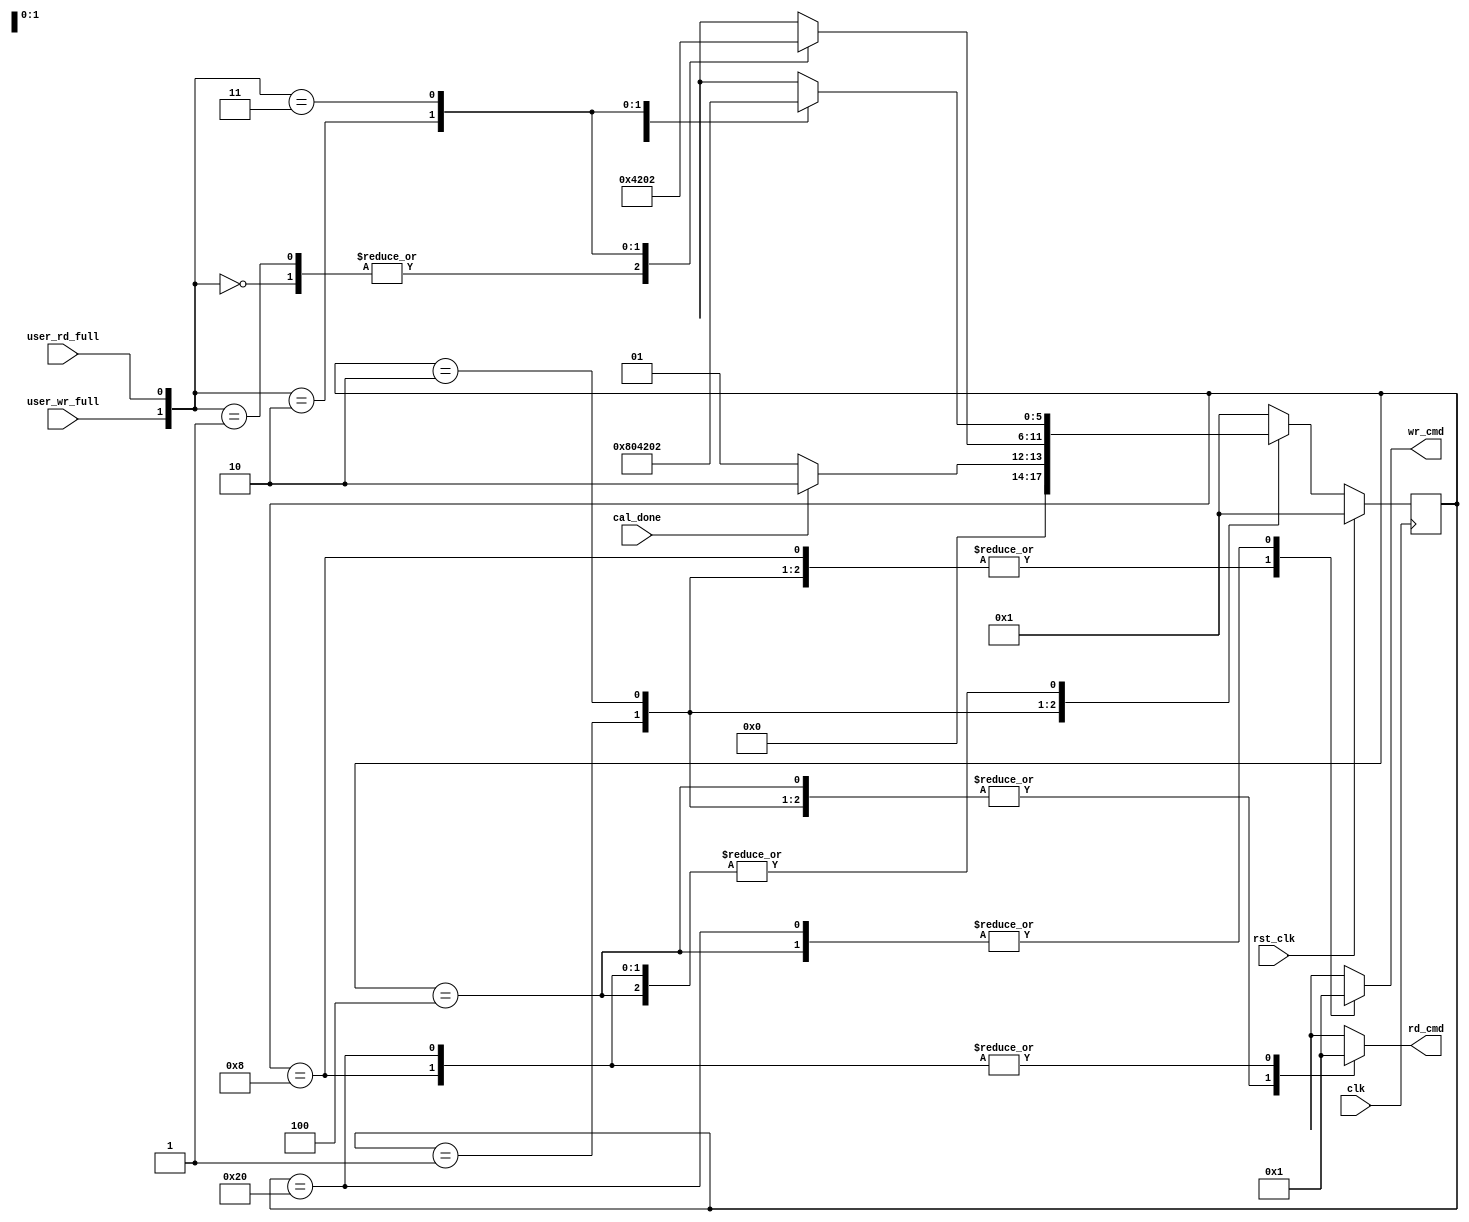
//*****************************************************************************
//(c) Copyright 2009 - 2010 Xilinx, Inc. All rights reserved.
//
// This file contains confidential and proprietary information
// of Xilinx, Inc. and is protected under U.S. and
// international copyright and other intellectual property
// laws.
//
// DISCLAIMER
// This disclaimer is not a license and does not grant any
// rights to the materials distributed herewith. Except as
// otherwise provided in a valid license issued to you by
// Xilinx, and to the maximum extent permitted by applicable
// law: (1) THESE MATERIALS ARE MADE AVAILABLE "AS IS" AND
// WITH ALL FAULTS, AND XILINX HEREBY DISCLAIMS ALL WARRANTIES
// AND CONDITIONS, EXPRESS, IMPLIED, OR STATUTORY, INCLUDING
// BUT NOT LIMITED TO WARRANTIES OF MERCHANTABILITY, NON-
// INFRINGEMENT, OR FITNESS FOR ANY PARTICULAR PURPOSE; and
// (2) Xilinx shall not be liable (whether in contract or tort,
// including negligence, or under any other theory of
// liability) for any loss or damage of any kind or nature
// related to, arising under or in connection with these
// materials, including for any direct, or any indirect,
// special, incidental, or consequential loss or damage
// (including loss of data, profits, goodwill, or any type of
// loss or damage suffered as a result of any action brought
// by a third party) even if such damage or loss was
// reasonably foreseeable or Xilinx had been advised of the
// possibility of the same.
//
// CRITICAL APPLICATIONS
// Xilinx products are not designed or intended to be fail-
// safe, or for use in any application requiring fail-safe
// performance, such as life-support or safety devices or
// systems, Class III medical devices, nuclear facilities,
// applications related to the deployment of airbags, or any
// other applications that could lead to death, personal
// injury, or severe property or environmental damage
// (individually and collectively, "Critical
// Applications"). Customer assumes the sole risk and
// liability of any use of Xilinx products in Critical
// Applications, subject only to applicable laws and
// regulations governing limitations on product liability.
//
// THIS COPYRIGHT NOTICE AND DISCLAIMER MUST BE RETAINED AS
// PART OF THIS FILE AT ALL TIMES.

///////////////////////////////////////////////////////////////////////////////
//   ____  ____
//  /   /\/   /
// /___/  \  /    Vendor             : Xilinx
// \   \   \/     Version            : 3.8
//  \   \         Application        : MIG
//  /   /         Filename           : tb_wr_rd_sm.v
// /___/   /\     Date Last Modified : $Date: 2011/05/27 15:51:52 $
// \   \  /  \    Date Created       : 15 May 2006 
//  \___\/\___\
//
//Device: Virtex-6
//Design: QDRII+
//
//Purpose:
//    This module
//       1. generates writes and read commands emulating the user backend.
//
//Revision History:
//
///////////////////////////////////////////////////////////////////////////////

`timescale 1ps/1ps

module tb_wr_rd_sm #(
  parameter BURST_LEN = 4,    //Burst Length
  parameter TCQ       = 100   //Register Delay
)
(
  input             clk,
  input             rst_clk,
  input             cal_done,
  input             user_wr_full,
  input             user_rd_full,
  output reg [1:0]  wr_cmd,
  output reg [1:0]  rd_cmd 
);

  //6 states - one-hot encoded
  localparam [5:0] TEST_INIT       = 6'b00_0001,
                   TEST_IDLE       = 6'b00_0010,
                   TEST_WR         = 6'b00_0100,
                   TEST_RD         = 6'b00_1000,
                   TEST_WR_RD      = 6'b10_0000;

  reg [5:0] ctrl_sm_cs;
  reg [5:0] ctrl_sm_ns;

  always @(posedge clk)
    begin
      if (rst_clk)
        ctrl_sm_cs <=#TCQ TEST_INIT;
      else
        ctrl_sm_cs <=#TCQ ctrl_sm_ns;
    end

  always @*
    begin
      case (ctrl_sm_cs)
        //Wait until calibration is done to issue commands
        TEST_INIT: begin
          wr_cmd   = 2'b00;
          rd_cmd   = 2'b00;

          if (cal_done)
            ctrl_sm_ns = TEST_IDLE;
          else
            ctrl_sm_ns = TEST_INIT;
        end

        TEST_IDLE: begin
          rd_cmd    = 2'b00;
          wr_cmd    = 2'b00;

          //If the rd/wr fifos are both empty send one of each transaction
          //if one of the fifos is full, send the other transaction type
          case ({user_wr_full, user_rd_full})
            2'b00: ctrl_sm_ns = TEST_WR; //to initiate a write before any reads
            2'b01: ctrl_sm_ns = TEST_WR;
            2'b10: ctrl_sm_ns = TEST_RD;
            2'b11: ctrl_sm_ns = TEST_IDLE;
          endcase
        end

        TEST_WR: begin
          rd_cmd   = 2'b00;
          wr_cmd   = 2'b01;  // Initiate a write cycle

          case ({user_wr_full, user_rd_full})
            2'b00: ctrl_sm_ns = TEST_WR_RD;
            2'b01: ctrl_sm_ns = TEST_WR;
            2'b10: ctrl_sm_ns = TEST_RD;
            2'b11: ctrl_sm_ns = TEST_IDLE;
          endcase
        end

        TEST_RD: begin
          rd_cmd    = 2'b01;  // Initiate a read cycle
          wr_cmd    = 2'b00;

          case ({user_wr_full, user_rd_full})
            2'b00: ctrl_sm_ns = TEST_WR_RD;
            2'b01: ctrl_sm_ns = TEST_WR;
            2'b10: ctrl_sm_ns = TEST_RD;
            2'b11: ctrl_sm_ns = TEST_IDLE;
          endcase
        end

        TEST_WR_RD : begin
          rd_cmd    = 2'b01;
          wr_cmd    = 2'b01;

          case ({user_wr_full, user_rd_full})
            2'b00: ctrl_sm_ns = TEST_WR_RD;
            2'b01: ctrl_sm_ns = TEST_WR;
            2'b10: ctrl_sm_ns = TEST_RD;
            2'b11: ctrl_sm_ns = TEST_IDLE;
          endcase
        end

        default: begin
          rd_cmd      = 2'bXX;
          wr_cmd      = 2'bXX;
          ctrl_sm_ns  = TEST_INIT;
        end
      endcase
    end

endmodule